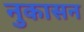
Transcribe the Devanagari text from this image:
नुकासन